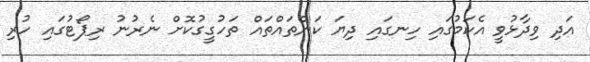
އަދި ވިދާޅުވީ އެކަމުގައި ހިނގައި ދިޔަ ކަންތައްތައް ތަހުގީގުކޮށް ނެރުނު ރިޕޯޓުގައި ހުރި